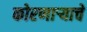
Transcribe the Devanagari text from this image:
कोरणार्‍याचे